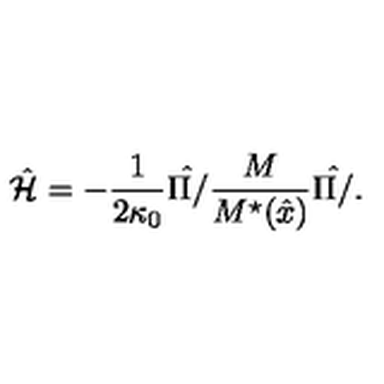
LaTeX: \hat { \cal H } = - \frac { 1 } { 2 \kappa _ { 0 } } \hat { \Pi / } \frac { M } { M ^ { \star } ( \hat { x } ) } \hat { \Pi / } .